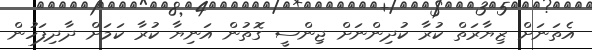
އެތަނަށް ޒިޔާރަތް ކުރާ ކުދިންނަށް ޖިންސީ ގޮތުން އަނިޔާ ކުރާ ކަމަށް ދާދިފަހުން